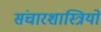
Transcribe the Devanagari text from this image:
संचारशास्त्रियों